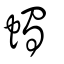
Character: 蠋